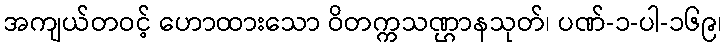
အကျယ်တဝင့် ဟောထားသော ဝိတက္ကသဏ္ဌာနသုတ်၊ ပဏ်-၁-ပါ-၁၆၉၊